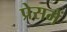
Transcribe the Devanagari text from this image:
प्रेसमें